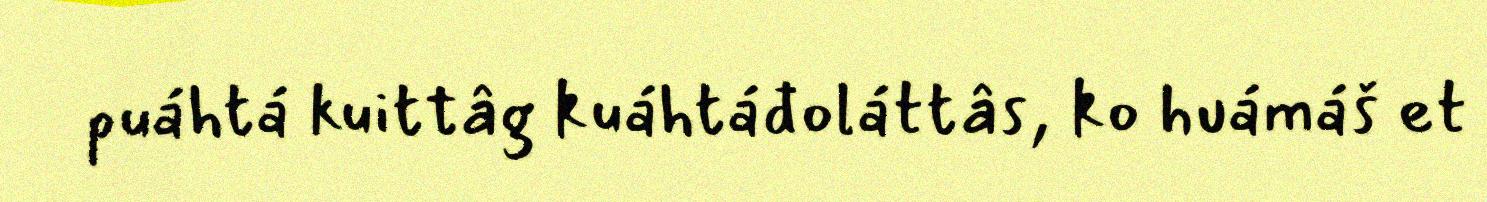
puáhtá kuittâg kuáhtáđoláttâs, ko huámáš et